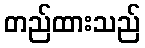
တည်ထားသည်